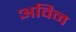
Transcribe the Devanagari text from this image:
अविन